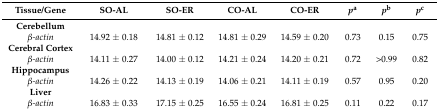
| Tissue/Gene | SO-AL | SO-ER | CO-AL | CO-ER | pa | pb | pc |
 | --- | --- | --- | --- | --- | --- | --- | --- |
 | Cerebellum |  |  |  |  |  |  |  |
 | β-actin | 14.92 ± 0.18 | 14.81 ± 0.12 | 14.81 ± 0.29 | 14.59 ± 0.20 | 0.73 | 0.15 | 0.75 |
 | Cerebral Cortex |  |  |  |  |  |  |  |
 | β-actin | 14.11 ± 0.27 | 14.00 ± 0.12 | 14.21 ± 0.24 | 14.20 ± 0.21 | 0.72 | >0.99 | 0.82 |
 | Hippocampus |  |  |  |  |  |  |  |
 | β-actin | 14.26 ± 0.22 | 14.13 ± 0.19 | 14.06 ± 0.21 | 14.11 ± 0.19 | 0.57 | 0.95 | 0.20 |
 | Liver |  |  |  |  |  |  |  |
 | β-actin | 16.83 ± 0.33 | 17.15 ± 0.25 | 16.55 ± 0.24 | 16.81 ± 0.25 | 0.11 | 0.22 | 0.17 |